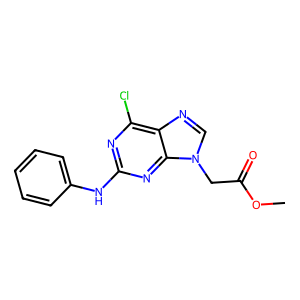
SMILES: COC(=O)Cn1cnc2c(Cl)nc(Nc3ccccc3)nc21
Inhibits HIV replication: No